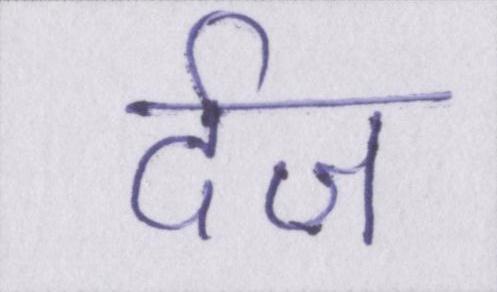
र्दज